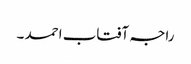
راجہ آفتاب احمد ۔